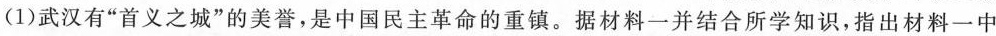
(1)武汉有”首义之城”的美誉，是中国民主革命的重镇。据材料一并结合所学知识，指出材料一中